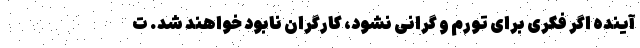
آینده اگر فکری برای تورم و گرانی نشود، کارگران نابود خواهند شد. ت